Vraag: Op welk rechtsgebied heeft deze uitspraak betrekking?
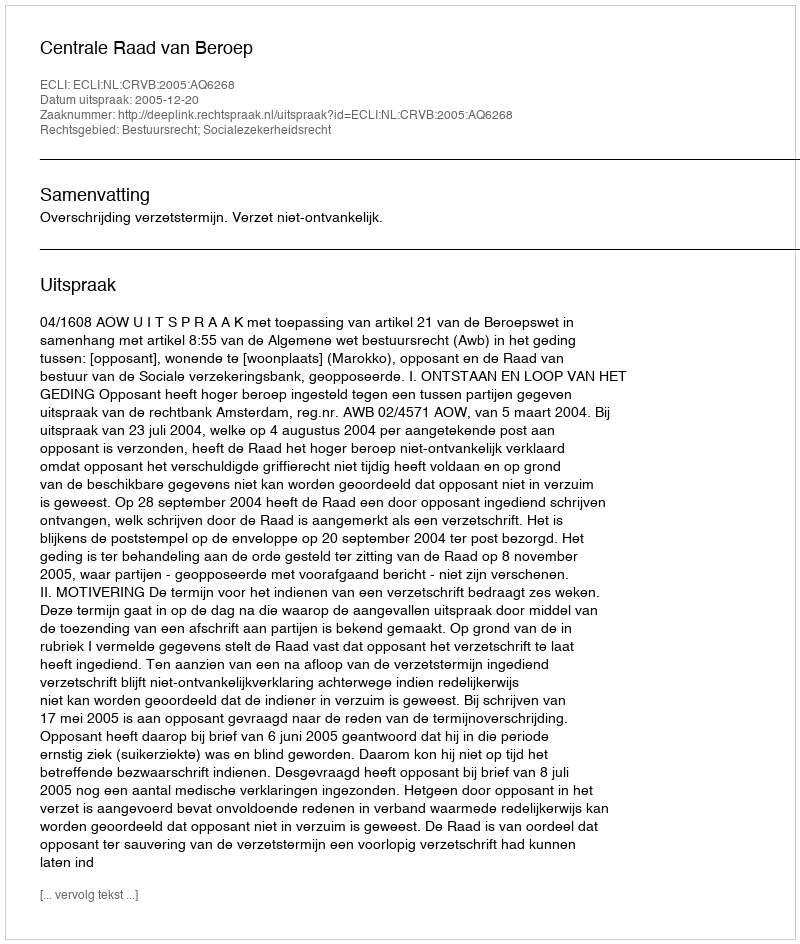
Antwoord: Bestuursrecht; Socialezekerheidsrecht